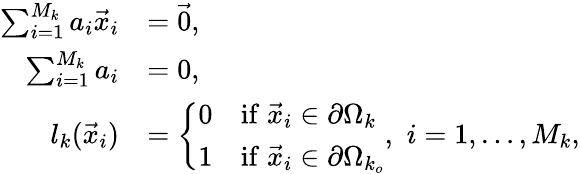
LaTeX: \begin{array}{rl}{\sum_{i=1}^{M_{k}}a_{i}\vec{x}_{i}}&{=\vec{0},}\\ {\sum_{i=1}^{M_{k}}a_{i}}&{=0,}\\ {l_{k}(\vec{x}_{i})}&{=\left\{ \begin{array}{ll}{0}&{\mathrm{if}\; \vec{x}_{i}\in\partial\Omega_{k}}\\ {1}&{\mathrm{if}\; \vec{x}_{i}\in\partial\Omega_{k_{o}}}\end{array}\right.,\, \, i=1,\dots,M_{k},}\end{array}